Indian journal of veterinary science and animal husbandry - Volumes 22-23, 1952-1953
Year: 1952
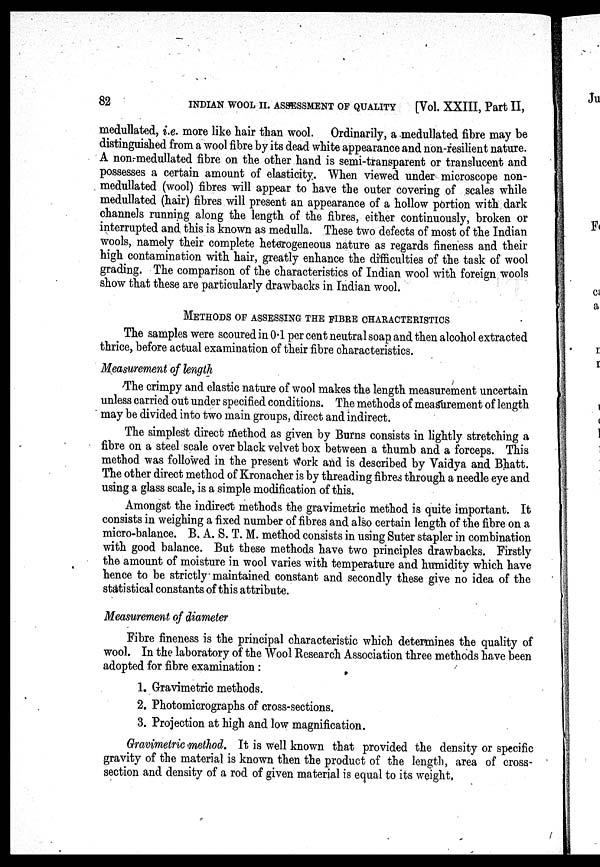
82
INDIAN WOOL II. ASSESSMENT OF QUALITY
[Vol. XXIII, Part II,
medullated, i.e. more like hair than wool. Ordinarily, a medullated fibre may be
distinguished from a wool fibre by its dead white appearance and non-resilient nature.
A non-medullated fibre on the other hand is semi-transparent or translucent and
possesses a certain amount of elasticity. When viewed under microscope non-
medullated (wool) fibres will appear to have the outer covering of scales while
medullated (hair) fibres will present an appearance of a hollow portion with dark
channels running along the length of the fibres, either continuously, broken or
interrupted and this is known as medulla. These two defects of most of the Indian
wools, namely their complete heterogeneous nature as regards fineness and their
high contamination with hair, greatly enhance the difficulties of the task of wool
grading. The comparison of the characteristics of Indian wool with foreign wools
show that these are particularly drawbacks in Indian wool.
METHODS OF ASSESSING THE FIBRE CHARACTERISTICS
The samples were scoured in 04 per cent neutral soap and then alcohol extracted
thrice, before actual examination of their fibre characteristics.
Measurement of length
The crimpy and elastic nature of wool makes the length measurement uncertain
unless carried out under specified conditions. The methods of measurement of length
may be divided into two main groups, direct and indirect.
The simplest direct method as given by Burns consists in lightly stretching a
fibre on a steel scale over black velvet box between a thumb and a forceps. This
method was followed in the present work and is described by Vaidya and Bhatt.
The other direct method of Kronacher is by threading fibres through a needle eye and
using a glass scale, is a simple modification of this.
Amongst the indirect methods the gravimetric method is quite important. It
consists in weighing a fixed number of fibres and also certain length of the fibre on a
micro-balance. B. A. S. T. M. method consists in using Suter stapler in combination
with good balance. But these methods have two principles drawbacks. Firstly
the amount of moisture in wool varies with temperature and humidity which have
hence to be strictly maintained constant and secondly these give no idea of the
statistical constants of this attribute.
Measurement of diameter
Fibre fineness is the principal characteristic which determines the quality of
wool. In the laboratory of the Wool Research Association three methods have been
adopted for fibre examination :
1. Gravimetric methods.
2. Photomicrographs of cross-sections.
3. Projection at high and low magnification.
Gravimetric method. It is well known that provided the density or specific
gravity of the material is known then the product of the length, area of cross-
section and density of a rod of given material is equal to its weight.